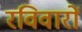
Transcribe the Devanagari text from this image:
रविवारों